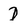
Character: D